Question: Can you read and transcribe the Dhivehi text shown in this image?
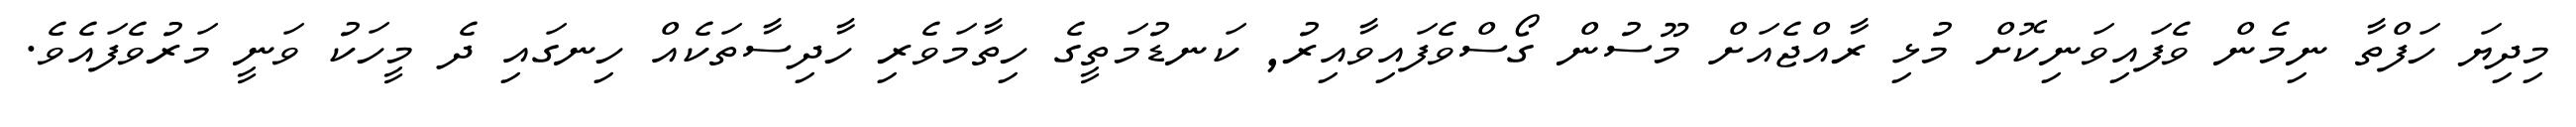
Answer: މިދިޔަ ހަފްތާ ނިމެން ވެފައިވަނިކޮށް މުޅި ރާއްޖެއަށް މޫސުން ގޯސްވެފައިވާއިރު, ކަނޑުމަތީގެ ހިތާމަވެރި ހާދިސާތަކެއް ހިނގައި ދެ މީހަކު ވަނީ މަރުވެފައެވެ.